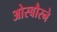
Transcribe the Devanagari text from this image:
ओस्बौरने